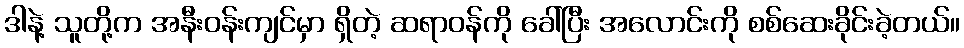
ဒါနဲ့ သူတို့က အနီးဝန်းကျင်မှာ ရှိတဲ့ ဆရာဝန်ကို ခေါ်ပြီး အလောင်းကို စစ်ဆေးခိုင်းခဲ့တယ်။